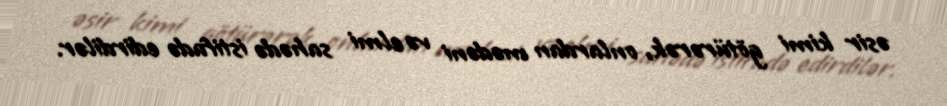
əsir kimi götürərək, onlardan mədəni və elmi sahədə istifadə edirdilər.